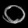
Digit: ၀